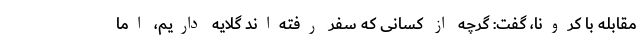
مقابله با کرونا، گفت: گرچه از کسانی که سفر رفته‌اند گلایه داریم، اما